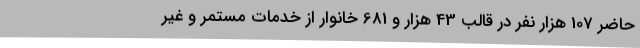
حاضر 107 هزار نفر در قالب 43 هزار و 681 خانوار از خدمات مستمر و غیر